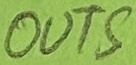
Text: OUTS